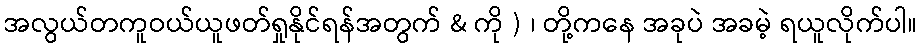
အလွယ်တကူဝယ်ယူဖတ်ရှုနိုင်ရန်အတွက် & ကို ) ၊ တို့ကနေ အခုပဲ အခမဲ့ ရယူလိုက်ပါ။